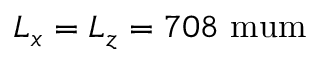
L _ { x } = L _ { z } = 7 0 8 \mathrm { \ m u m }